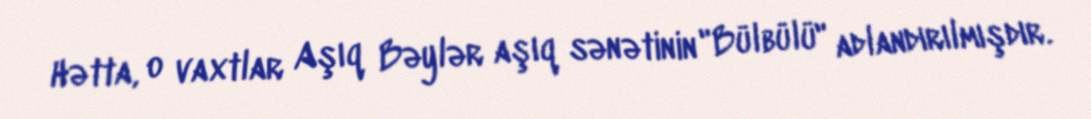
Hətta, o vaxtlar Aşıq Bəylər aşıq sənətinin "Bülbülü" adlandırılmışdır.